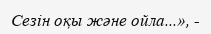
Сезін оқы және ойла...», -